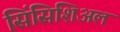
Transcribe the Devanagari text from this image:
सिंसिशिअल